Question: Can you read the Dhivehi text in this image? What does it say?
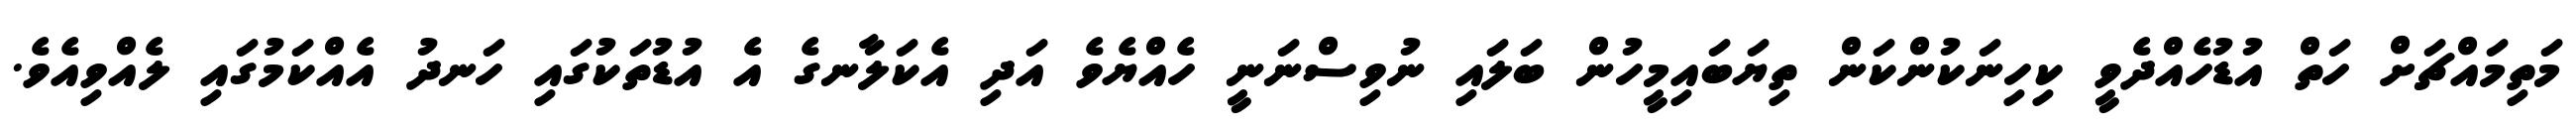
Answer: މަތިމައްޗަށް ހަތް އުޑުހެއްދެވީ ކިހިނަކުންކަން ތިޔަބައިމީހުން ބަލައި ނުވިސްނަނީ ހެއްޔެވެ އަދި އެކަލާނގެ އެ އުޑުތަކުގައި ހަނދު އެއްކަމުގައި ލެއްވިއެވެ.